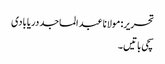
تحریر: مولانا عبد الماجد دریابادی
سچی باتیں۔